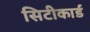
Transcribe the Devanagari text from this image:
सिटीकार्ड